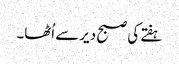
ہفتے کی صبح دیرسے اُٹھا۔